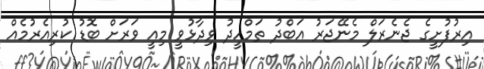
އިރުފުށީގެ ޖެނެރަލް މެނޭޖަރު އަބްދު ތަމްހީދު ވިދާޅުވީ މިއީ ވަރަށް ބޮޑު ކުރިއެރުމެއް